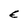
Character: E